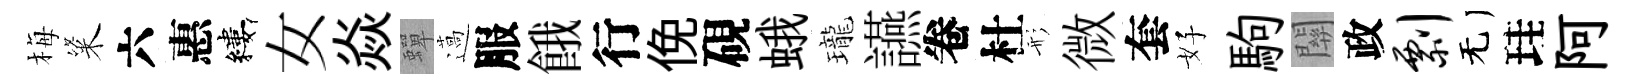
梅粢六惠縷女焱蟬薖服餓行俛硯蛾瓏讌卷杜形微套好駒關政剽无珪阿